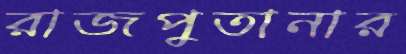
রাজপুতানার